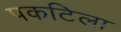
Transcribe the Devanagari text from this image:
पकटिला